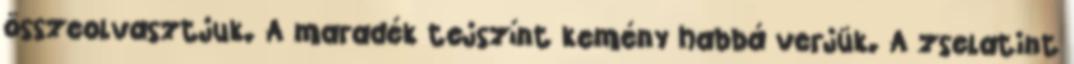
összeolvasztjuk. A maradék tejszínt kemény habbá verjük. A zselatint